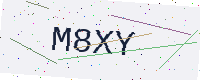
Text: M8XY